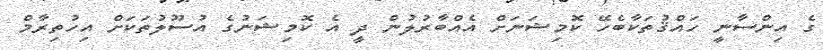
ގެ އިންސާނީ ހައްޤުތަކާބެހޭ ކޮމިޝަނަށް އެއްބާރުލުން ދީ އެ ކޮމިޝަނުގެ އުސޫލުތަކަށް އިހުތިރާމް